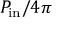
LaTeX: P _ { \mathrm { i n } } / 4 \pi